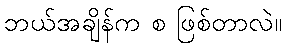
ဘယ်အချိန်က စ ဖြစ်တာလဲ။